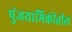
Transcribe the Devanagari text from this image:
पुंजयामिकीतील